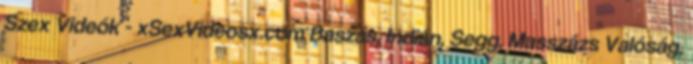
Szex Videók - xSexVideosx.com Baszás, Indián, Segg, Masszázs Valóság,